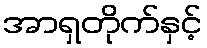
အာရှတိုက်နှင့်